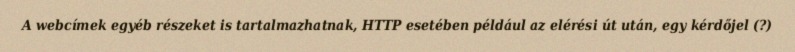
A webcímek egyéb részeket is tartalmazhatnak, HTTP esetében például az elérési út után, egy kérdőjel (?)